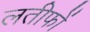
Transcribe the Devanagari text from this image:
लतीफों